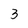
Character: 3